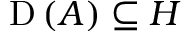
\operatorname { D } \left( A \right) \subseteq H